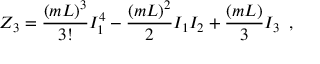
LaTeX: Z _ { 3 } = \frac { ( m L ) ^ { 3 } } { 3 ! } I _ { 1 } ^ { 4 } - \frac { ( m L ) ^ { 2 } } { 2 } I _ { 1 } I _ { 2 } + \frac { ( m L ) } { 3 } I _ { 3 } \, \, \, ,